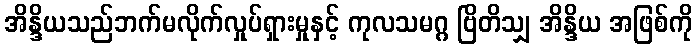
အိန္ဒိယသည်ဘက်မလိုက်လှုပ်ရှားမှုနှင့် ကုလသမဂ္ဂ ဗြိတိသျှ အိန္ဒိယ အဖြစ်ကို